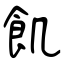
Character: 飢